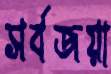
সর্বজয়া